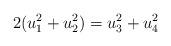
LaTeX: \begin{align*}2(u_1^2+u_2^2) = u_3^2 +u_4^2\end{align*}